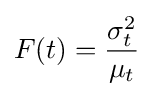
F(t)={\frac {\sigma _{t}^{2}}{\mu _{t}}}